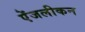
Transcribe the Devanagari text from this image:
ऐंजलीकन